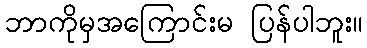
ဘာကိုမှအကြောင်းမ ပြန်ပါဘူး။